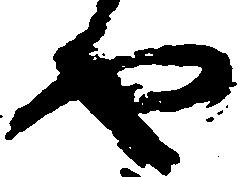
や